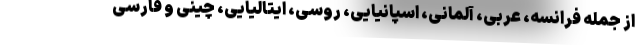
از جمله فرانسه، عربی، آلمانی، اسپانیایی، روسی، ایتالیایی، چینی و فارسی